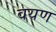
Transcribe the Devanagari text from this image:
वयण